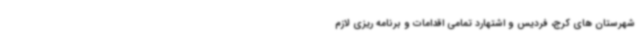
شهرستان های کرج، فردیس و اشتهارد تمامی اقدامات و برنامه ریزی لازم